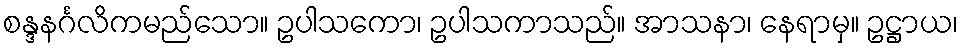
စန္ဒနင်္ဂလိကမည်သော။ ဥပါသကော၊ ဥပါသကာသည်။ အာသနာ၊ နေရာမှ။ ဥဋ္ဌာယ၊